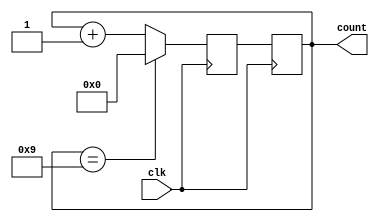
module decade_counter(
    input wire clk,
    output reg [3:0] count
);

reg [3:0] next_count;

always @(posedge clk) begin
    if (count == 4'b1001) // check if most significant digit is 9
        next_count <= 4'b0000; // reset most significant digit to 0
    else
        next_count <= count + 1; // increment count by 1

    count <= next_count; // update count value
end

endmodule